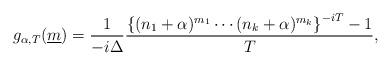
LaTeX: \begin{gather*}g_{\alpha,T}(\underline{m})= \frac{1}{-i \Delta} \frac{\left\{(n_1+\alpha)^{m_1}\cdots(n_k+\alpha)^{m_k}\right\}^{-i T}-1}{T}, \end{gather*}